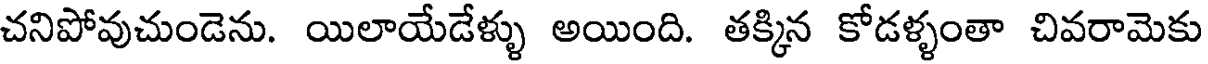
చనిపోవుచుండెను. యిలాయేడేళ్ళు అయింది. తక్కిన కోడళ్ళంతా చివరామెకు